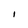
Character: I